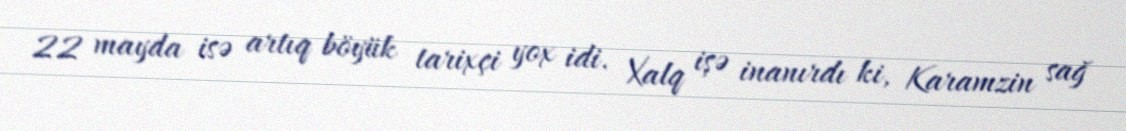
22 mayda isə artıq böyük tarixçi yox idi. Xalq işə inanırdı ki, Karamzin sağ